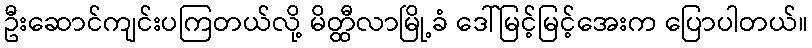
ဦးဆောင်ကျင်းပကြတယ်လို့ မိတ္ထီလာမြို့ခံ ဒေါ်မြင့်မြင့်အေးက ပြောပါတယ်။